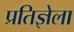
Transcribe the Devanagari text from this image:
प्रतिज्ञेला